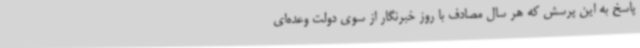
پاسخ به این پرسش که هر سال مصادف با روز خبرنگار از سوی دولت وعده‌ای